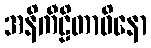
အနိကီဠိတာဝိနော